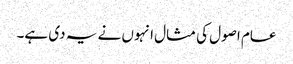
عام اصول کی مثال انہوں نے یہ دی ہے۔